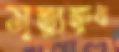
মৃত্যুক্ষুধা